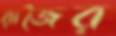
রাজৈর